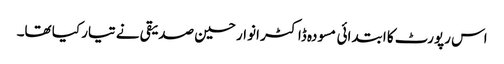
اس رپورٹ کا ابتدائی مسودہ ڈاکٹر انوار حسین صدیقی نے تیار کیا تھا۔